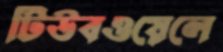
টিউবওয়েলে